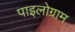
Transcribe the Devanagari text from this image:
पाइलोग्राम